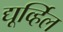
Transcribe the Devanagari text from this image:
द्यूर्व्हिल